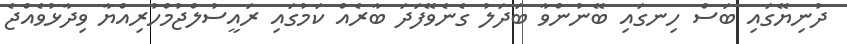
ދުނިޔޭގައި ބަސް ހިނގައި ބޭނުންވާ ބަދަލު ގެނެވޭފަދަ ބާރެއް ކަމުގައި ރައީސުލްޖުމްހުރިއްޔާ ވިދާޅުވެއްޖެ